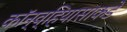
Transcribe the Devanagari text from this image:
कॉन्व्हियासाकडे